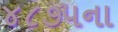
૪૮૭૫ના